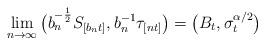
LaTeX: \begin{align*}\lim_{n \to \infty}\big(b_n^{-\frac{1}{2}} S_{[b_n t]}, b_n^{-1} \tau _{[nt]}\big) = \big(B_t, \sigma^{\alpha /2}_t\big)\end{align*}